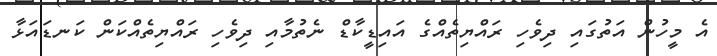
އެ މީހުން އަތުގައި ދިވެހި ރައްޔިތެއްގެ އައިޑީކާޑް ނެތުމާއި ދިވެހި ރައްޔިތެއްކަން ކަނޑައަޅާ